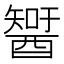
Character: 𨢮